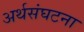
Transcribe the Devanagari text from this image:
अर्थसंघटना